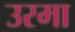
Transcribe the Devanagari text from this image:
उरमा